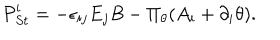
LaTeX: { \cal P } _ { S t } ^ { i } = - \epsilon _ { i j } E _ { j } B - \Pi _ { \theta } ( A _ { i } + \partial _ { i } \theta ) .